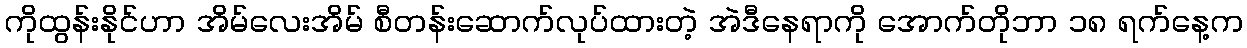
ကိုထွန်းနိုင်ဟာ အိမ်လေးအိမ် စီတန်းဆောက်လုပ်ထားတဲ့ အဲဒီနေရာကို အောက်တိုဘာ ၁၈ ရက်နေ့က